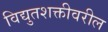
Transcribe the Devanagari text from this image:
विद्युतशक्तीवरील